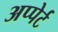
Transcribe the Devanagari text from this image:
अप्पेर्ट